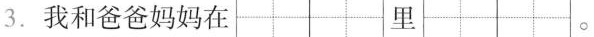
3. 我和爸爸妈妈在 里 。